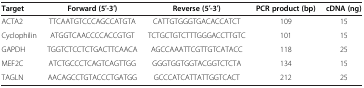
| Target | Forward (5′-3′) | Reverse (5′-3′) | PCR product (bp) | cDNA (ng) |
 | --- | --- | --- | --- | --- |
 | ACTA2 | TTCAATGTCCCAGCCATGTA | CATTGTGGGTGACACCATCT | 109 | 15 |
 | Cyclophilin | ATGGTCAACCCCACCGTGT | TCTGCTGTCTTTGGGACCTTGTC | 101 | 15 |
 | GAPDH | TGGTCTCCTCTGACTTCAACA | AGCCAAATTCGTTGTCATACC | 118 | 25 |
 | MEF2C | ATCTGCCCTCAGTCAGTTGG | GGGTGGTGGTACGGTCTCTA | 134 | 15 |
 | TAGLN | AACAGCCTGTACCCTGATGG | GCCCATCATTATTGGTCACT | 212 | 25 |